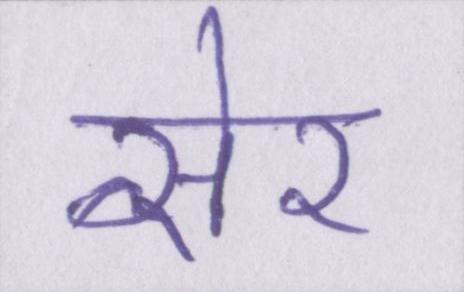
सेर